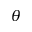
\theta